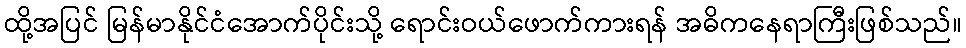
ထို့အပြင် မြန်မာနိုင်ငံအောက်ပိုင်းသို့ ရောင်းဝယ်ဖောက်ကားရန် အဓိကနေရာကြီးဖြစ်သည်။